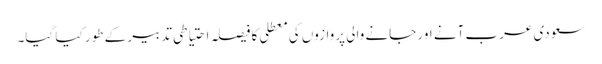
سعودی عرب آنے اور جانے والی پروازوں کی معطلی کا فیصلہ احتیاطی تدبیر کے طور کیا گیا۔